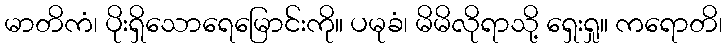
မာတိကံ၊ ပိုးရှိသောရေမြောင်းကို။ ပမုခံ၊ မိမိလိုရာသို့ ရှေးရှု။ ကရောတိ၊